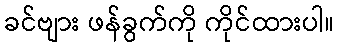
ခင်ဗျား ဖန်ခွက်ကို ကိုင်ထားပါ။